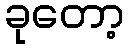
ခုတော့